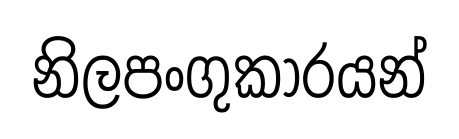
නිලපංගුකාරයන්